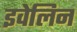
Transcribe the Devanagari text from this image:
इवेलिन